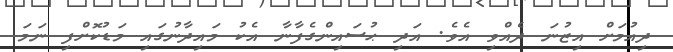
ދިއުމަށް އިޒުނަ ދެއްވި އެވެ. އަދި ޙުސައިންގެފާނާ އެކު މައިދާނުގައި މަޑުކޮށްފި ނަމަ